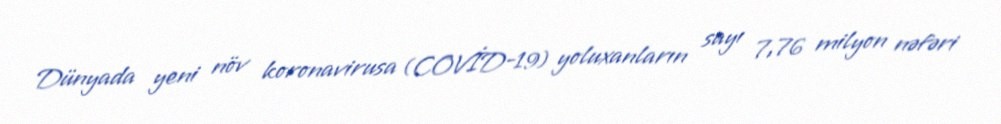
Dünyada yeni növ koronavirusa (COVİD-19) yoluxanların sayı 7,76 milyon nəfəri